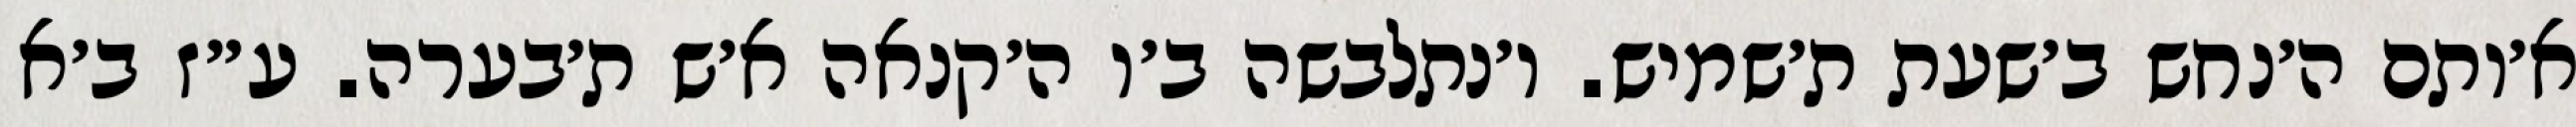
א׳ותם ה׳נחש ב׳שעת ת׳שמיש. ו׳נתלבשה ב׳ו ה׳קנאה א׳ש ת׳בערה. ע״ז ב׳א